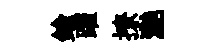
鍮躍撩灔